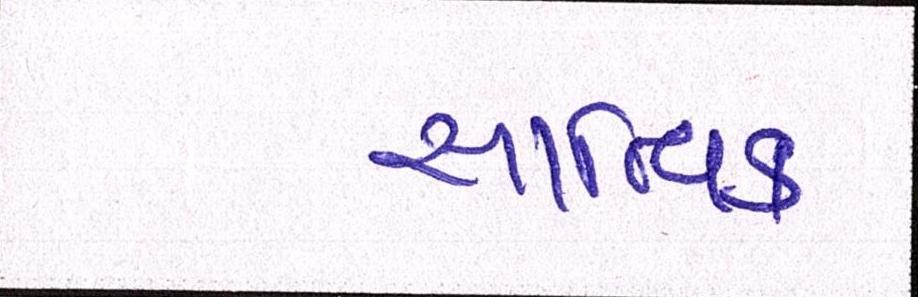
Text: સાત્ત્વિક